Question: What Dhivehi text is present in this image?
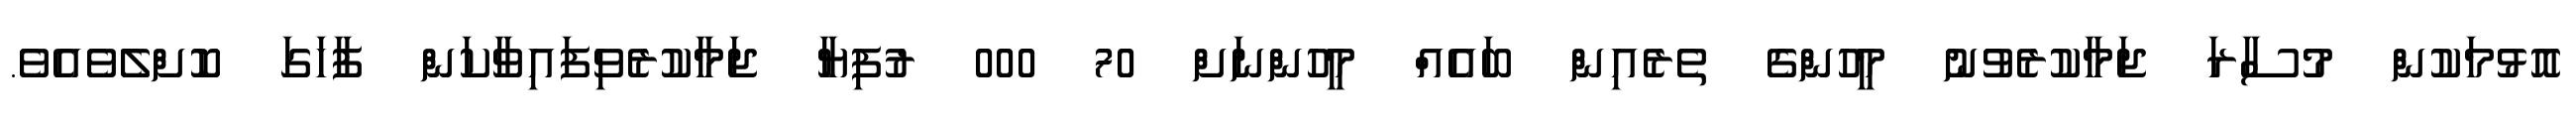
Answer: އޮޅުމަކުން މުސާރަ ޖަމާކުރެވުނު މީހުންގެ ތެރެއިން ބައެއް މީހުންނަށް 70 000 ރުފިޔާ ޖަމާކުރެވިފައިވާކަން ފާހަގަ ކޮށްލެވެއެވެ.